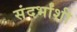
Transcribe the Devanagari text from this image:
संदर्भांशी